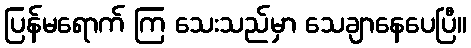
ပြန်မရောက် ကြ သေးသည်မှာ သေချာနေပေပြီ။